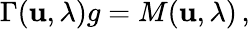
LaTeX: \Gamma({\mathbf u},\lambda)g=M({\mathbf u},\lambda)\, ,